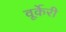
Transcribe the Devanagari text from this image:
वूर्केरी